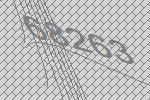
68263